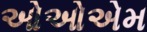
ઓઓએમ